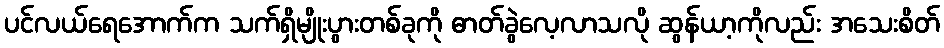
ပင်လယ်ရေအောက်က သက်ရှိမျိုးပွားတစ်ခုကို ဓာတ်ခွဲလေ့လာသလို ဆွန်ယာ့ကိုလည်း အသေးစိတ်